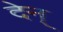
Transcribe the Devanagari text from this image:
देन्